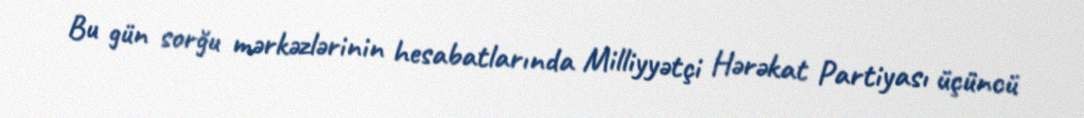
Bu gün sorğu mərkəzlərinin hesabatlarında Milliyyətçi Hərəkat Partiyası üçüncü